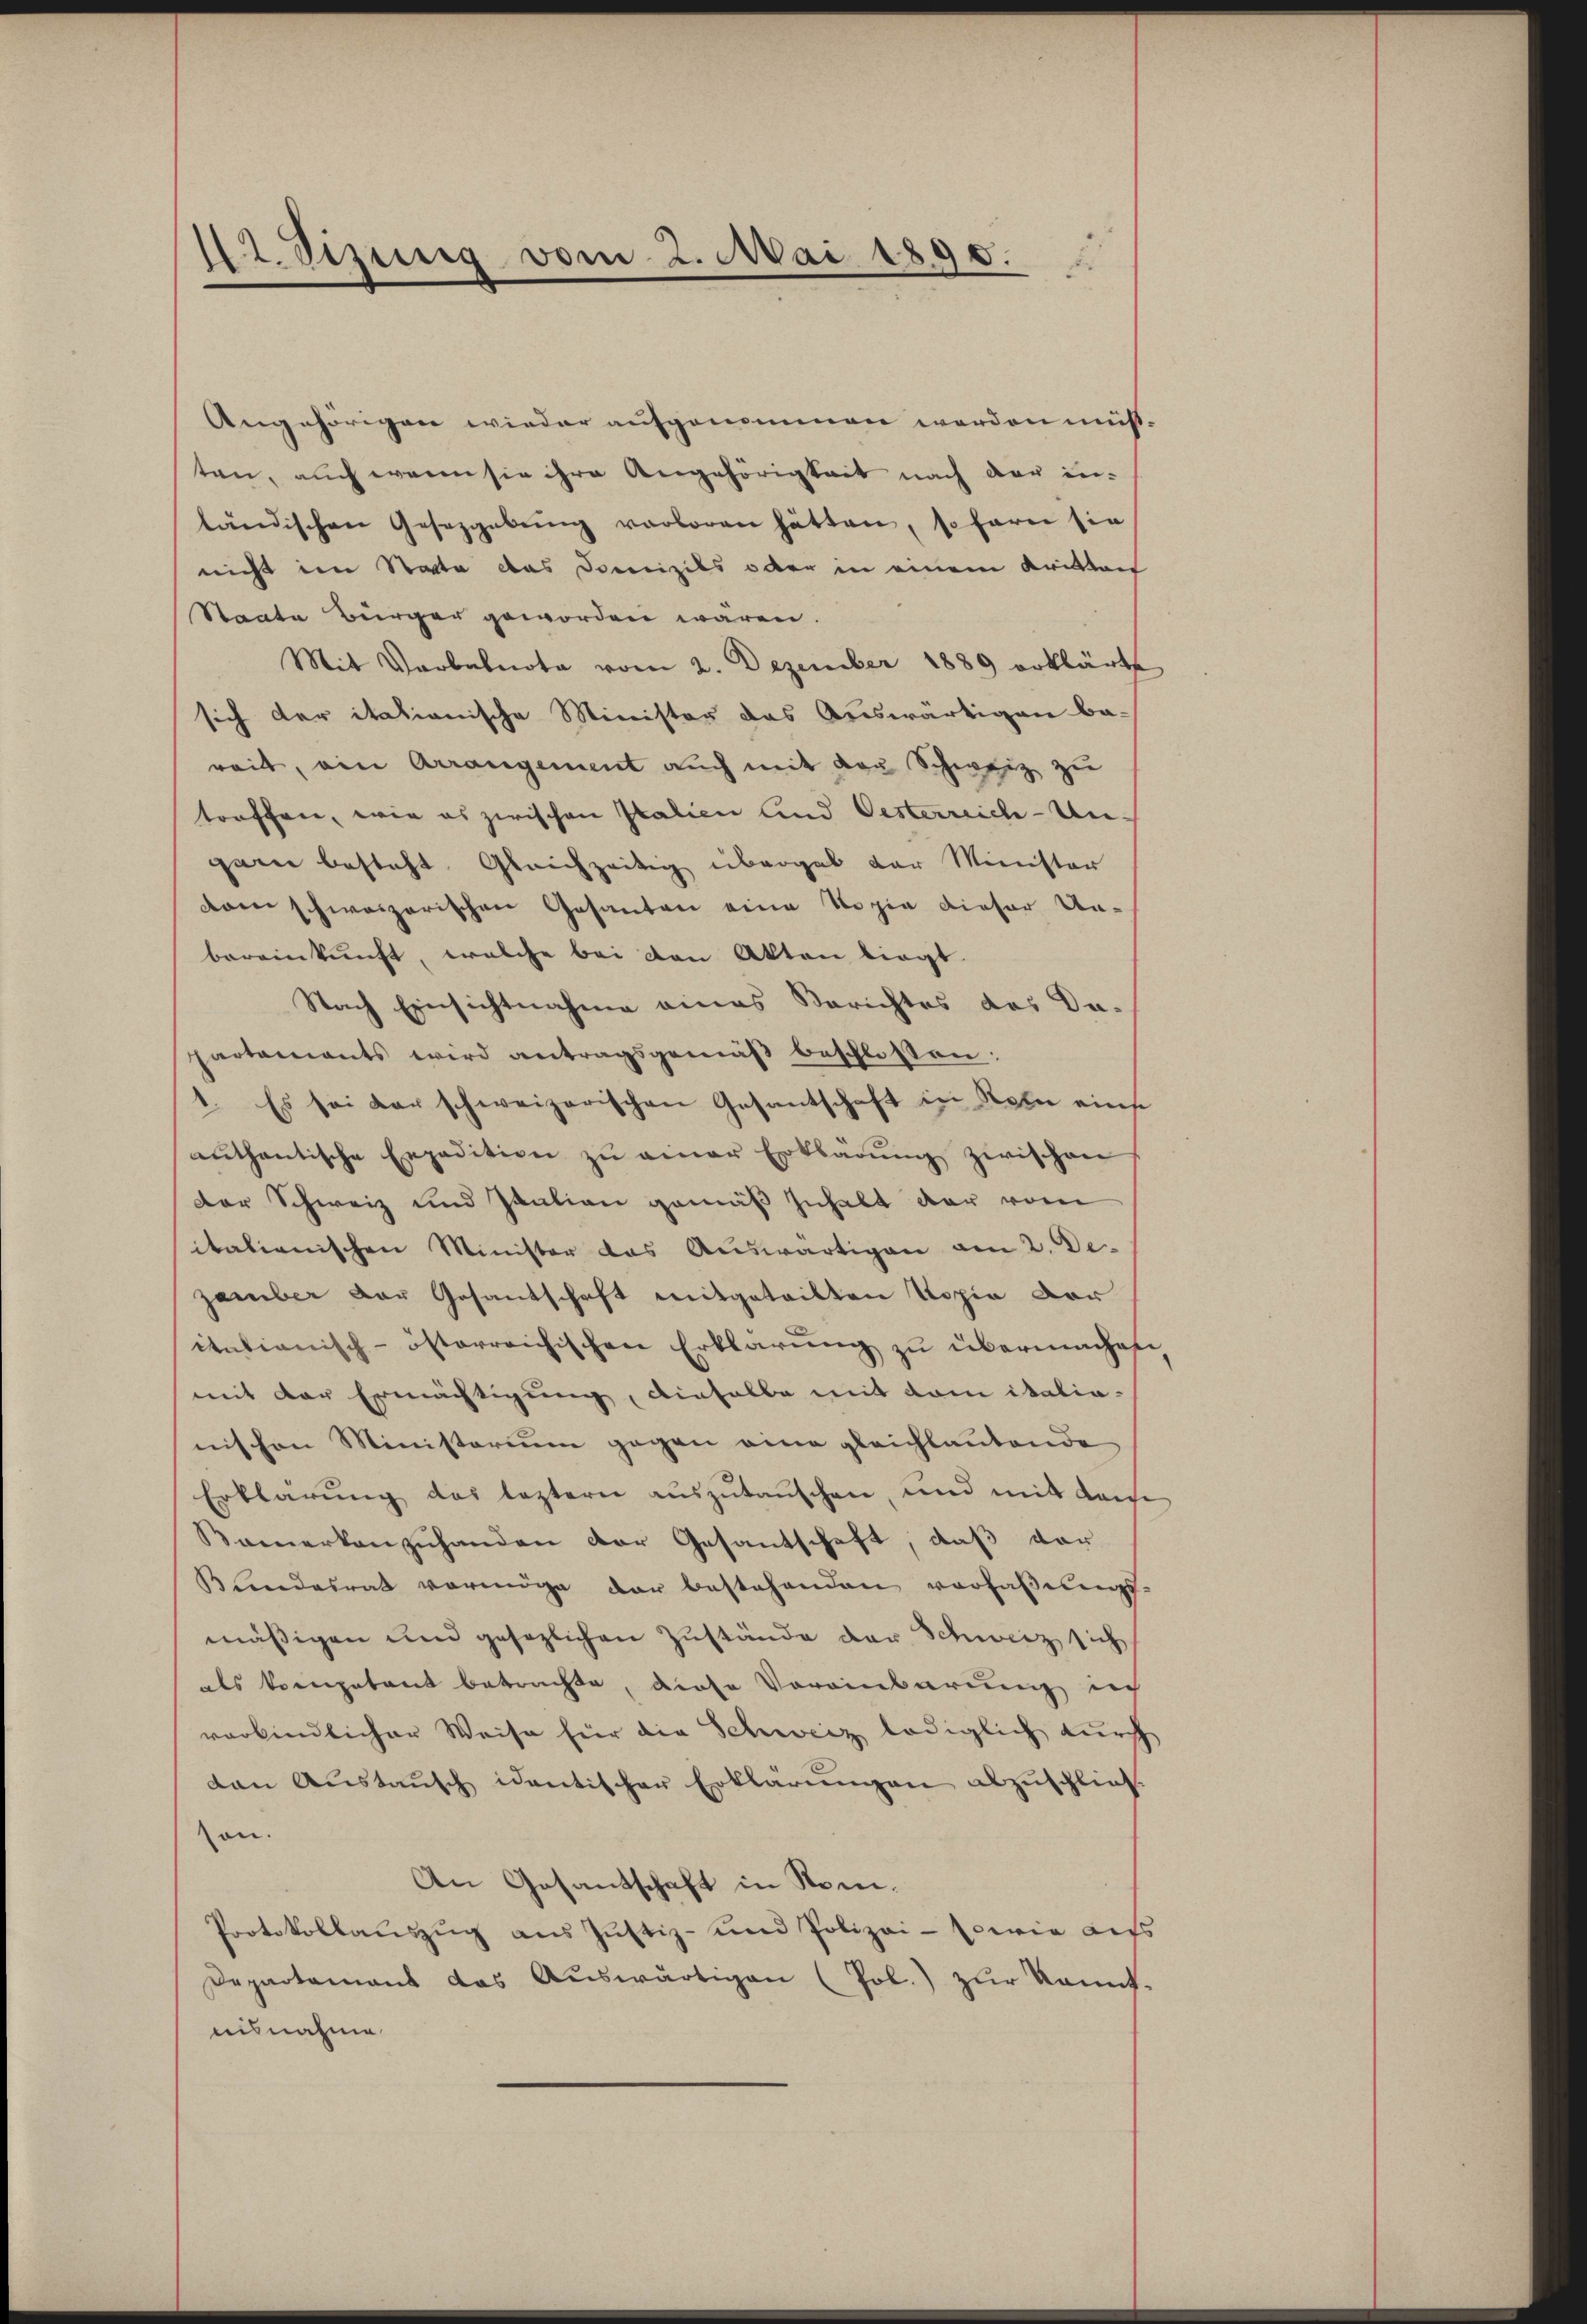
12. Sizung vom 2. Mai 1890.

Angehörigen wieder aufgenommen worden müs-
ten, auch wenn sie ihre Angehörigkeit nach der inländischen Gesetzgebŭng verloren hätten, sofern sie
nicht im Statte das Domizils oder in einem Kritten
Staate Bürger geworden wären.
Mit Verbalnote vom 2. Dezember 1889 erklärte
sich der itationische Minister das Auswärtigen ba-
reit, ein Arrangement auch mit der Schweiz zu
torschen, wie es zwischen Italien und Oesterreich-Ungarn besteht. Gleichzeitig übergab der Minister
dren schweizerischen Gesanten eine Kopie dieser Un-
bereinkunft, welche bei den Akten liegt.
Nach Einsichtnahme eines Berichtes des Da-
partaments wird antragsgemäβ beschlossen:
1. Es sei der schweizerischen Gesantschaft in Sohn einse
authentische Expedition zŭ einer Erklärŭng zwischen
der Schweiz und Italien gemäß zuhalt der vom
italienischen Minister das Auswärtigen am 2. De
zember der Gesantschaft mitgeteilten Kopia vor
itationisch-österreichischen Erklärung zu übermachen
mit der Ermächtigung, dieselbe mit dem italia-
nischen Ministorium gegen eine gleichlautende
Erklärung des leztern auszutauschen, und mit dem
Kamerkanzŭhanden der Gesantschaft, daß vor
Bundesrat vermöge der bestehenden verfaßungs-
mäßigen und gesezlichen Zustände der Schweiz sich
als kompetent betrachte, diese Voreinbarung ich
verbindlicher Weise für die Schweiz lediglich durch
dan Aŭstaŭsch identischer Erklärŭngen abzuschließ
on.
An Gesantschaft in Som¬
Protokollauszug aus Justiz- und Polizei - sowie aufs
Departement das Aŭswärtigen (Pol.) zur kannt.
nisnahme